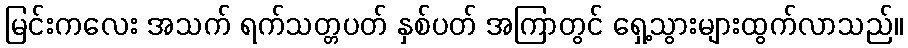
မြင်းကလေး အသက် ရက်သတ္တပတ် နှစ်ပတ် အကြာတွင် ရှေ့သွားများထွက်လာသည်။